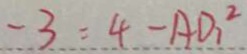
- 3 = 4 - A D _ { 1 } ^ { 2 }